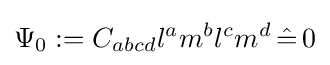
\Psi _{0}:=C_{abcd}l^{a}m^{b}l^{c}m^{d}\,{\hat {=}}\,0